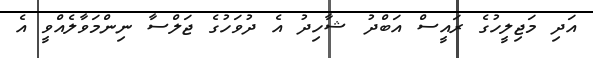
އަދި މަޖިލީހުގެ ރައީސް އަބްދު ޝާހިދު އެ ދުވަހުގެ ޖަލްސާ ނިންމަވާލެއްވީ އެ